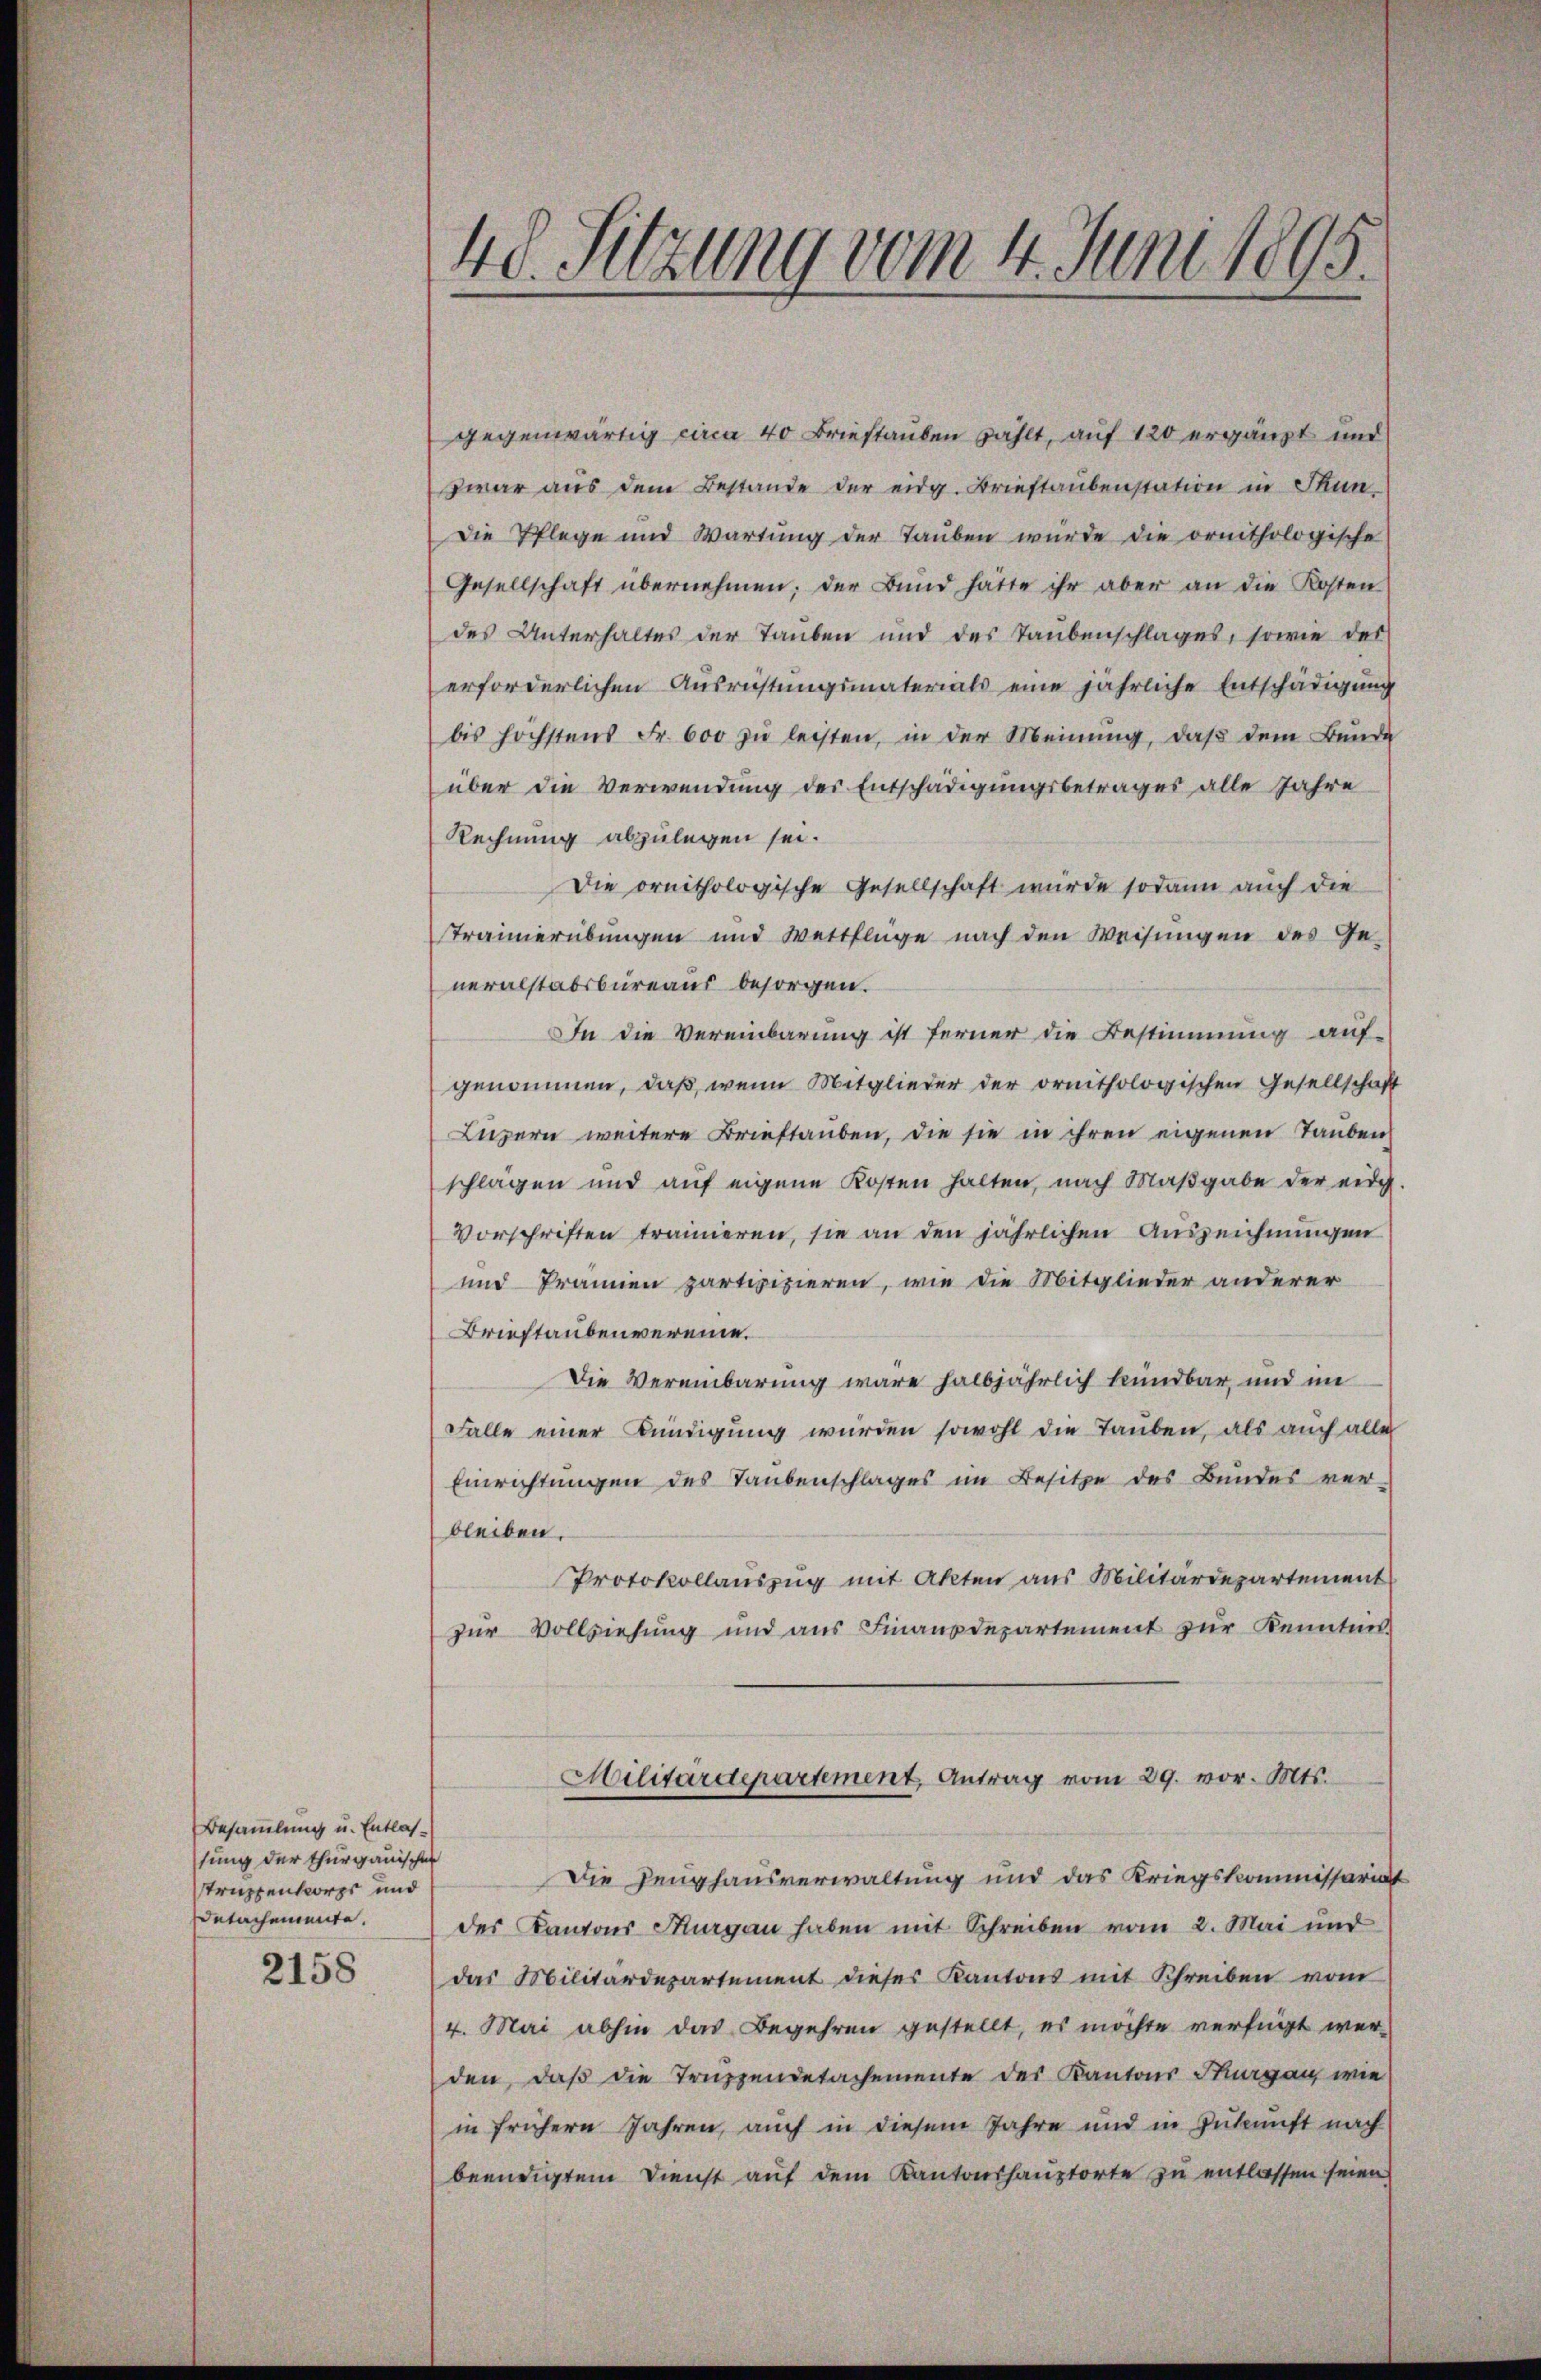
Besammlung u. Entlassung der thurgauischen
struzzenkorps und
Dutachemente.

2158

48. Sitzung vom 4. Juni 1895.

gegenwärtig circa 40 Briestauben zählt, auf 120 ergänzt und
zwar aus dem Bestande der eidg. Brieftaubenstation in Stun¬
Die Pflege und Wartung der Tauben wurde die ornithologische
Gesellschaft übernehmen; der Bŭnd hätte ihr aber an die Kosten
des Unterhaltes der Tauben und des Taubenschlages, sowie des
erforderlichen Ausrichtungsmaterials eine jährliche Entschädigung
bis höchstens Fr. 600 zŭ leisten, in der Meinŭng, daβ dem Bunde
über die Verwendung des Entschädigungsbetrages alle Jahre
Rechnung abzulegen sei.
Die ornithologische Gesellschaft würde sodann aŭch die
Traimerübungen und Wettflüge nach den Weisŭngen des Ge-
neralstabsbureaus besorgen.
In die Vereinbarung ist ferner die Bestimmung auf-
genommen, daß, wenn Mitglieder der ornithologischen Gesellschaft
Luzern weitere Brieftauben, die sie in ihren eigenen Tauben
schlägen und auf eigene Kosten halten, nach Maβgabe der eidg.
Vorschriften trainieren, sie an den jährlichen Auszeichnungen
und Prämien partifizieren, wie die Mitglieder anderer
Brieftaubenvereine.
Die Vereinbarung wäre halbjährlich kündbar, und im
Falle einer Kündigung wurden sowohl die Tauben, als auch alles
Einrichtungen des Taubenschlages im Besitze des Bundes ver-
bleiben.
Protokollauszug mit Akten aus Militärdepartement
zur Vollziehung und aus Finanzdepartement zur Kenntnis
Militärdepartement, Antrag vom 29. vor. Mts.
Die Zeughausverwaltung und das Kriegskommissariat
des Kantons Sargau haben mit Schreiben vom 2. Mai und
das Militärdepartement dieses Kantons mit Schreiben vom
4. Mai abhin das Begehren gestellt, es möchte verfügt werden, daß die Truppendetachemente des Kantons Thurgau wie
in frühern Jahren, auch in diesem Jahre und in Zukunft nach
beendigtem Dienst auf dem Kantonshauptorte zu entlassen seien.